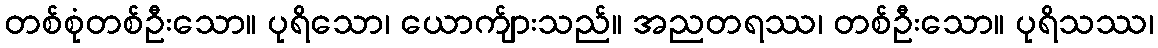
တစ်စုံတစ်ဦးသော။ ပုရိသော၊ ယောက်ျားသည်။ အညတရဿ၊ တစ်ဦးသော။ ပုရိသဿ၊